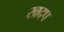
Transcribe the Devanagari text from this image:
खदप